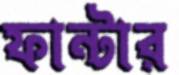
ফান্টার